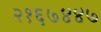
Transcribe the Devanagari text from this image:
२१६७४४७